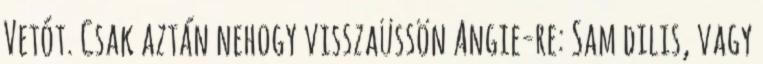
Vetót. Csak aztán nehogy visszaüssön Angie-re: Sam dilis, vagy